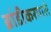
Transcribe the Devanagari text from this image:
ब्रांडीकरणसे